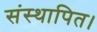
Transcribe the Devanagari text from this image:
संस्थापित।